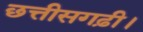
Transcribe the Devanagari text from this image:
छत्तीसगढ़ी।